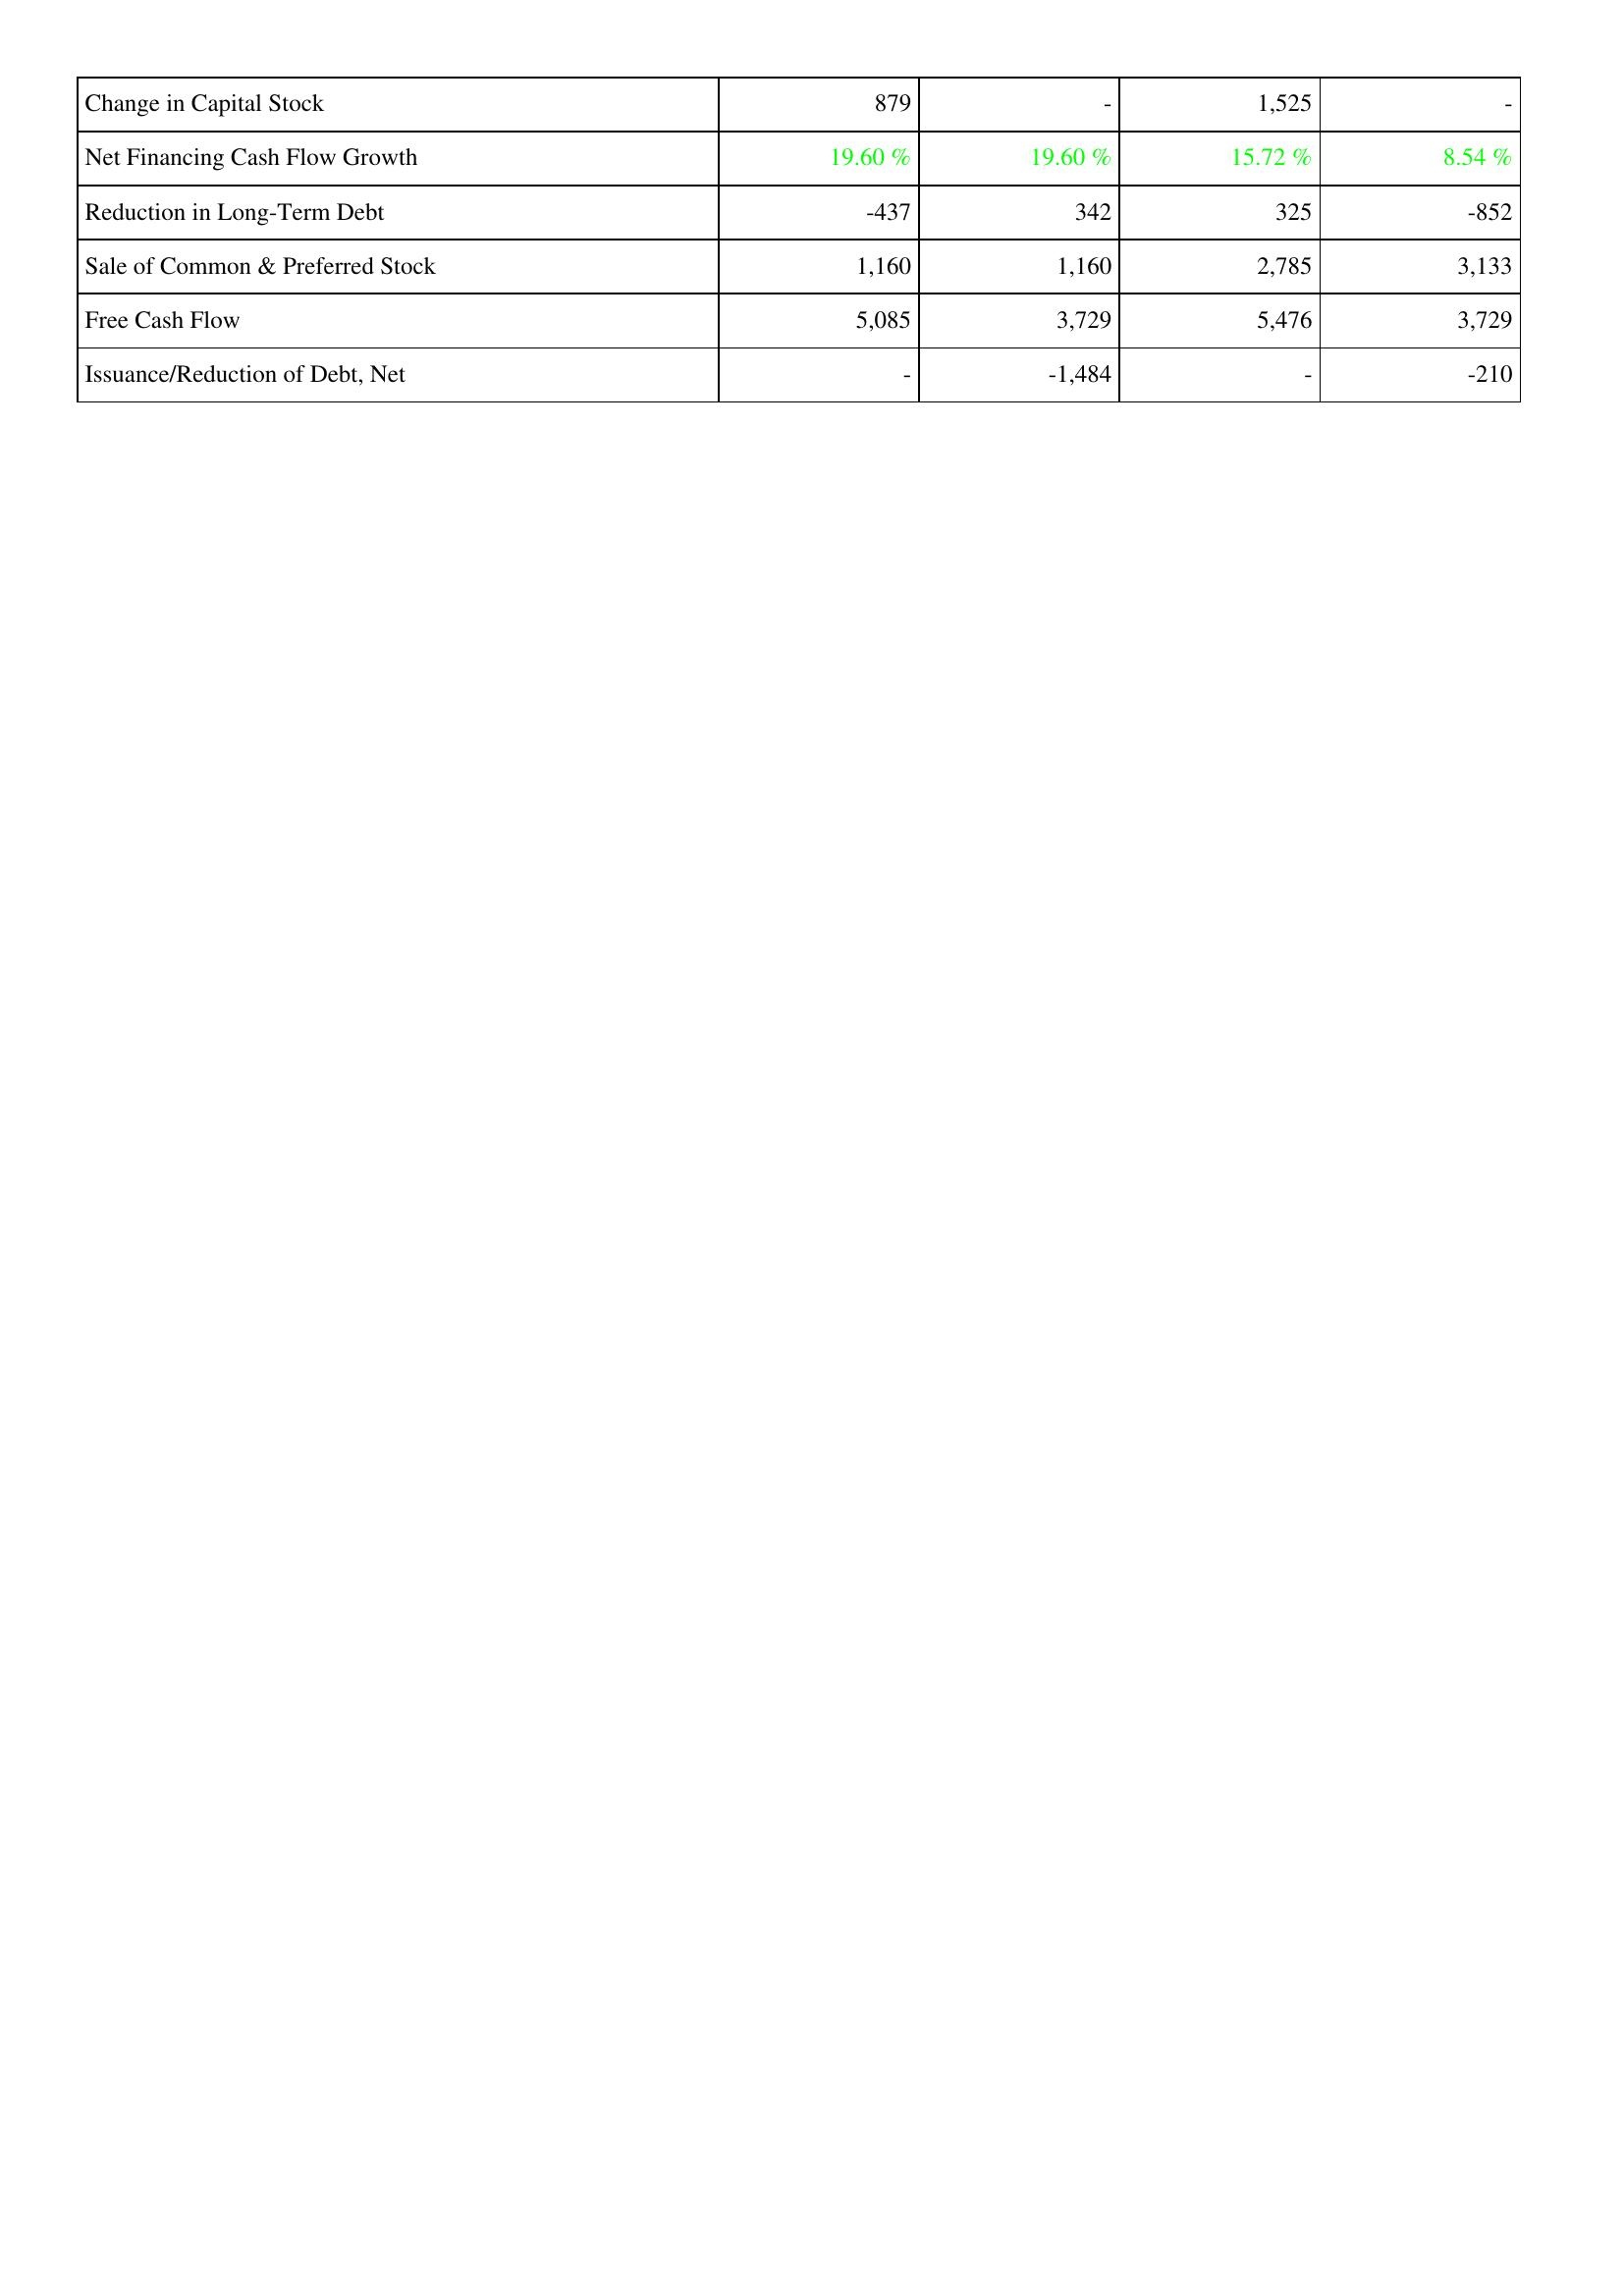
2012: Financing Activities: Change in Capital Stock: 879
Net Financing Cash Flow Growth: 19.60 %
Reduction in Long-Term Debt: -437
Sale of Common & Preferred Stock: 1,160
Free Cash Flow: 5,085
Issuance/Reduction of Debt, Net: -
2011: Financing Activities: Change in Capital Stock: -
Net Financing Cash Flow Growth: 19.60 %
Reduction in Long-Term Debt: 342
Sale of Common & Preferred Stock: 1,160
Free Cash Flow: 3,729
Issuance/Reduction of Debt, Net: -1,484
2010: Financing Activities: Change in Capital Stock: 1,525
Net Financing Cash Flow Growth: 15.72 %
Reduction in Long-Term Debt: 325
Sale of Common & Preferred Stock: 2,785
Free Cash Flow: 5,476
Issuance/Reduction of Debt, Net: -
2009: Financing Activities: Change in Capital Stock: -
Net Financing Cash Flow Growth: 8.54 %
Reduction in Long-Term Debt: -852
Sale of Common & Preferred Stock: 3,133
Free Cash Flow: 3,729
Issuance/Reduction of Debt, Net: -210